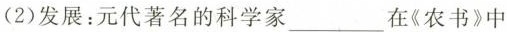
（2）发展：元代著名的科学家___在《农书》中